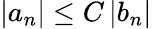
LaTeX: \left\vert a_{n}\right\vert\leq C\left\vert b_{n}\right\vert